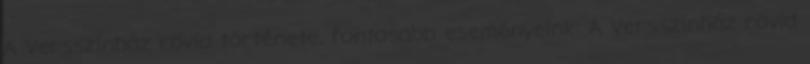
A Versszínház rövid története, fontosabb eseményeink: A Versszínház rövid